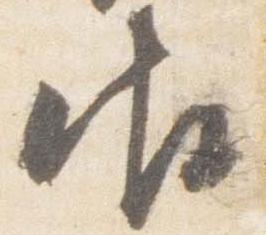
御